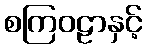
စကြဝဠာနှင့်